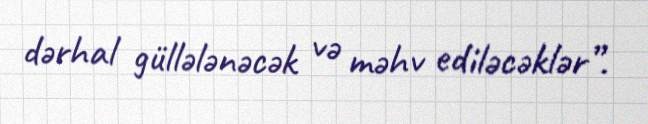
dərhal güllələnəcək və məhv ediləcəklər”.